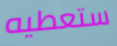
ستعطيه